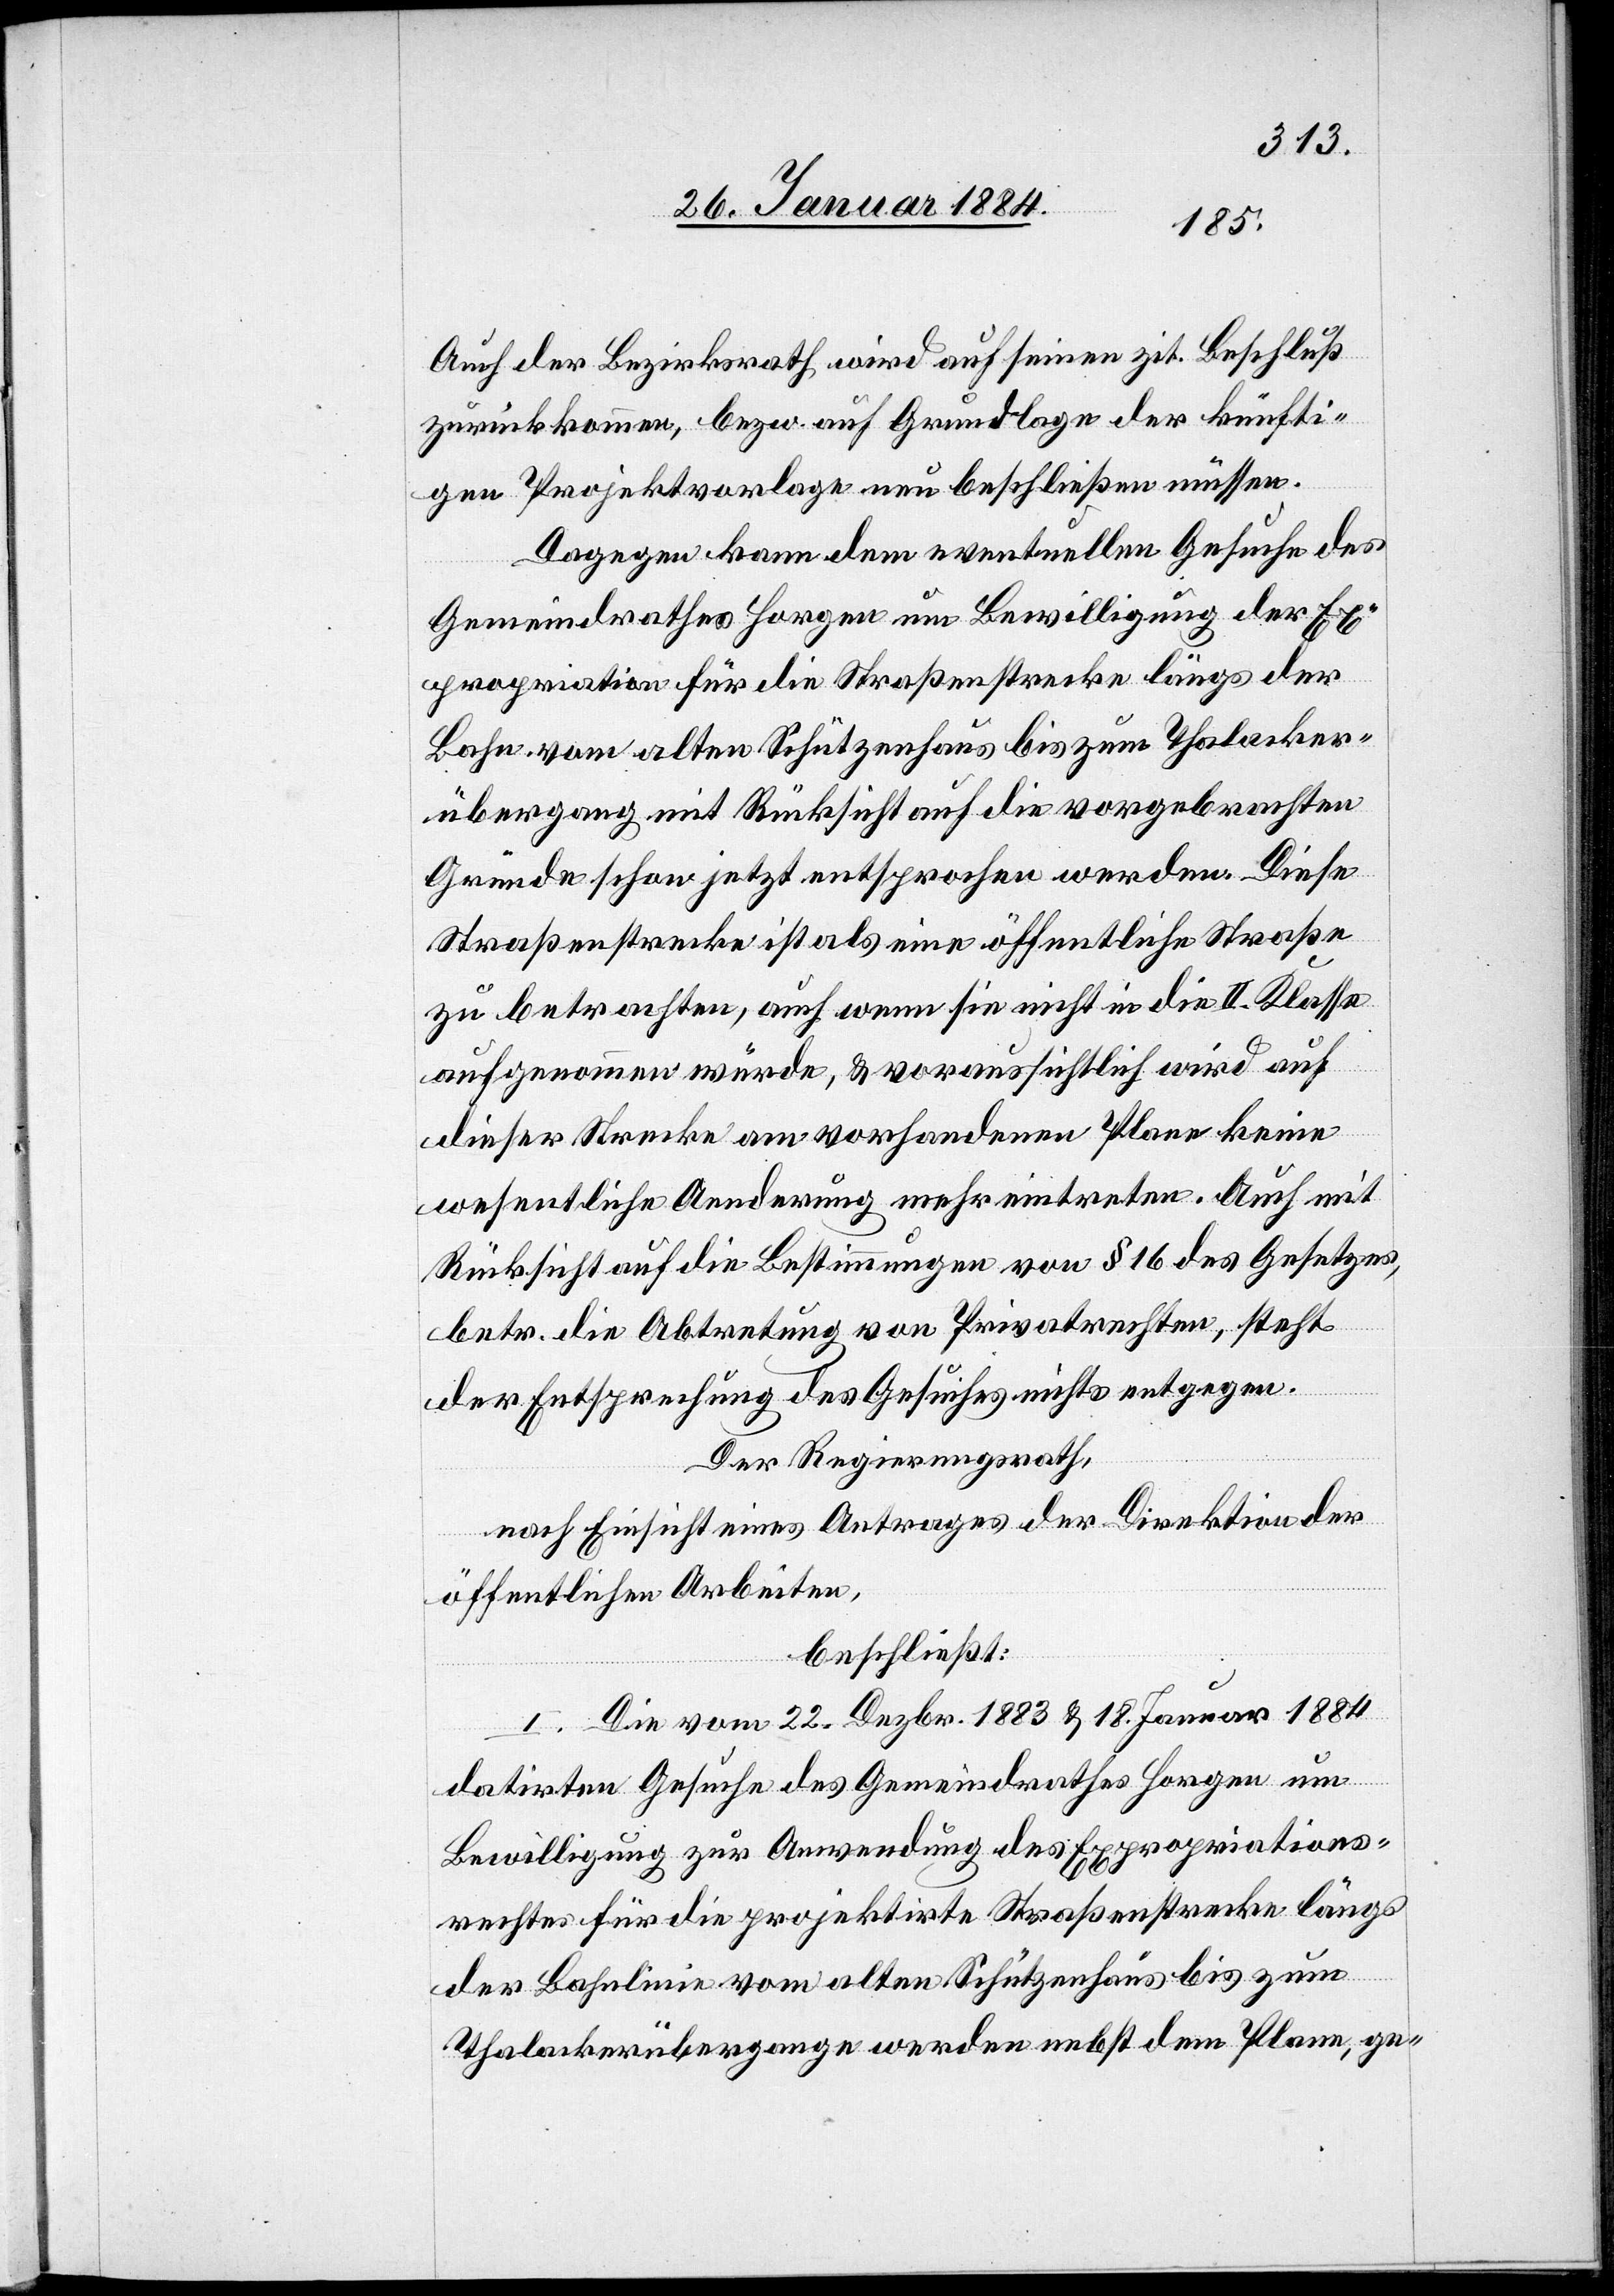
Auch der Bezirksrath wird auf seinen zit. Beschluß
zurückkommen, bzw. auf Grundlage der künfti¬
gen Projektvorlage neu beschließen müssen.
Dagegen kann dem eventuellen Gesuche des
Gemeindrathes Horgen um Bewilligung der Ex¬
propriation für die Straßenstrecke längs der
Bahn vom alten Schützenhaus bis zum Thalacker-Ü¬
bergang mit Rücksicht auf die vorgebrachten
Gründe schon jetzt entsprochen werden. Diese
Straßenstrecke ist als eine öffentliche Straße
zu betrachten, auch wenn sie nicht in die II. Klasse
aufgenommen würde, & voraussichtlich wird auf
dieser Strecke am vorhandenen Plane keine
wesentliche Aenderung mehr eintreten. Auch mit
Rücksicht auf die Bestimmungen von § 16 des Gesetzes,
betr. die Abtretung von Privatrechten, steht
der Entsprechung des Gesuches nichts entgegen.
Der Regierungsrath,
nach Einsicht eines Antrages der Direktion der
öffentlichen Arbeiten,
beschließt:
I. Die vom 22. Dezbr. 1883 & 18. Januar 1884
datirten Gesuche des Gemeindrathes Horgen um
Bewilligung zur Anwendung des Expropriations¬
rechtes für die projektirte Straßenstrecke längs
der Bahnlinie vom alten Schützenhaus bis zum
Thalackerübergange werden nebst dem Plane, ge-